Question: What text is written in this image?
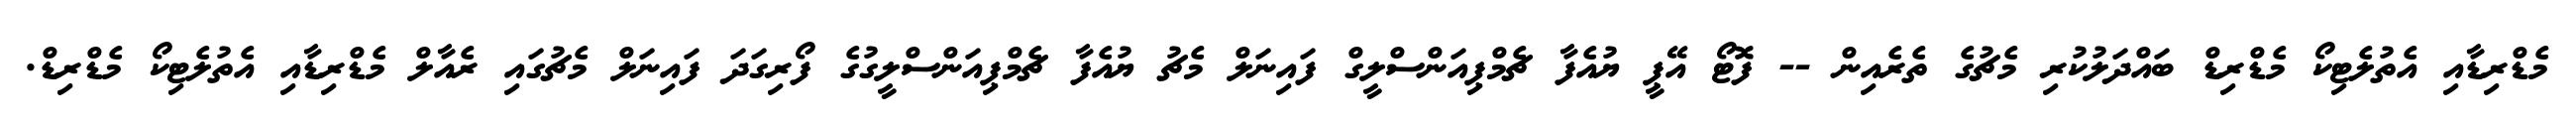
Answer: މެޑްރިޑާއި އެތުލެޓިކޯ މެޑްރިޑް ބައްދަލުކުރި މެޗުގެ ތެރެއިން -- ފޮޓޯ އޭޕީ ޔުއެފާ ޗެމްޕިއަންސްލީގް ފައިނަލް މެޗު ޔުއެފާ ޗެމްޕިއަންސްލީގުގެ ފޯރިގަދަ ފައިނަލް މެޗުގައި ރެއާލް މެޑްރިޑާއި އެތުލެޓިކޯ މެޑްރިޑް.